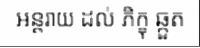
អន្តរាយ ដល់ ភិក្ខុ ឆ្កួត